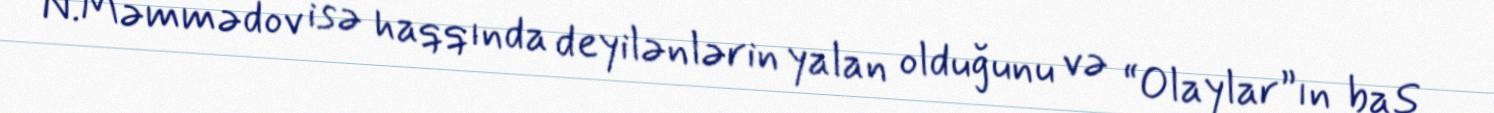
N.Məmmədov isə haqqında deyilənlərin yalan olduğunu və “Olaylar”ın baş